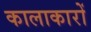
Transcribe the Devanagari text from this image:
कालाकारों